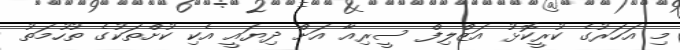
މި އަހަރުގެ ކުރީކޮޅު އަޒްލިފް ސީރިއާ އަށް ދިޔައީ އެކި ކުށްތަކުގެ ތުހުމަތު